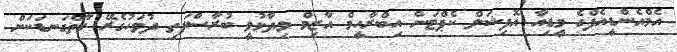
އެމްއެންޑީއެފްގެ މީޑިއާ އޮފިޝަލް ކެޕްޓަން އިބްރާހީމް އާޒިމް ވިދާޅުވީ ބުރާސްފަތި ދުވަހުގެރޭ ގާތްގަނޑަކަށް